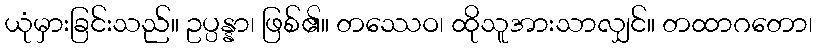
ယုံမှားခြင်းသည်။ ဥပ္ပန္နာ၊ ဖြစ်၏။ တဿေဝ၊ ထိုသူအားသာလျှင်။ တထာဂတော၊